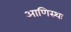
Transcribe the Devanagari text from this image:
आणिस्थः